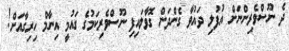
ދެ ނޫސްވެރިންނަށް އުފުލި ދައުވާ ގެންދަން ގޮވާލައިފި ނޫސްވެރިކަމުގެ ގައުމީ އިނާމް ހިރިގާއަށް!